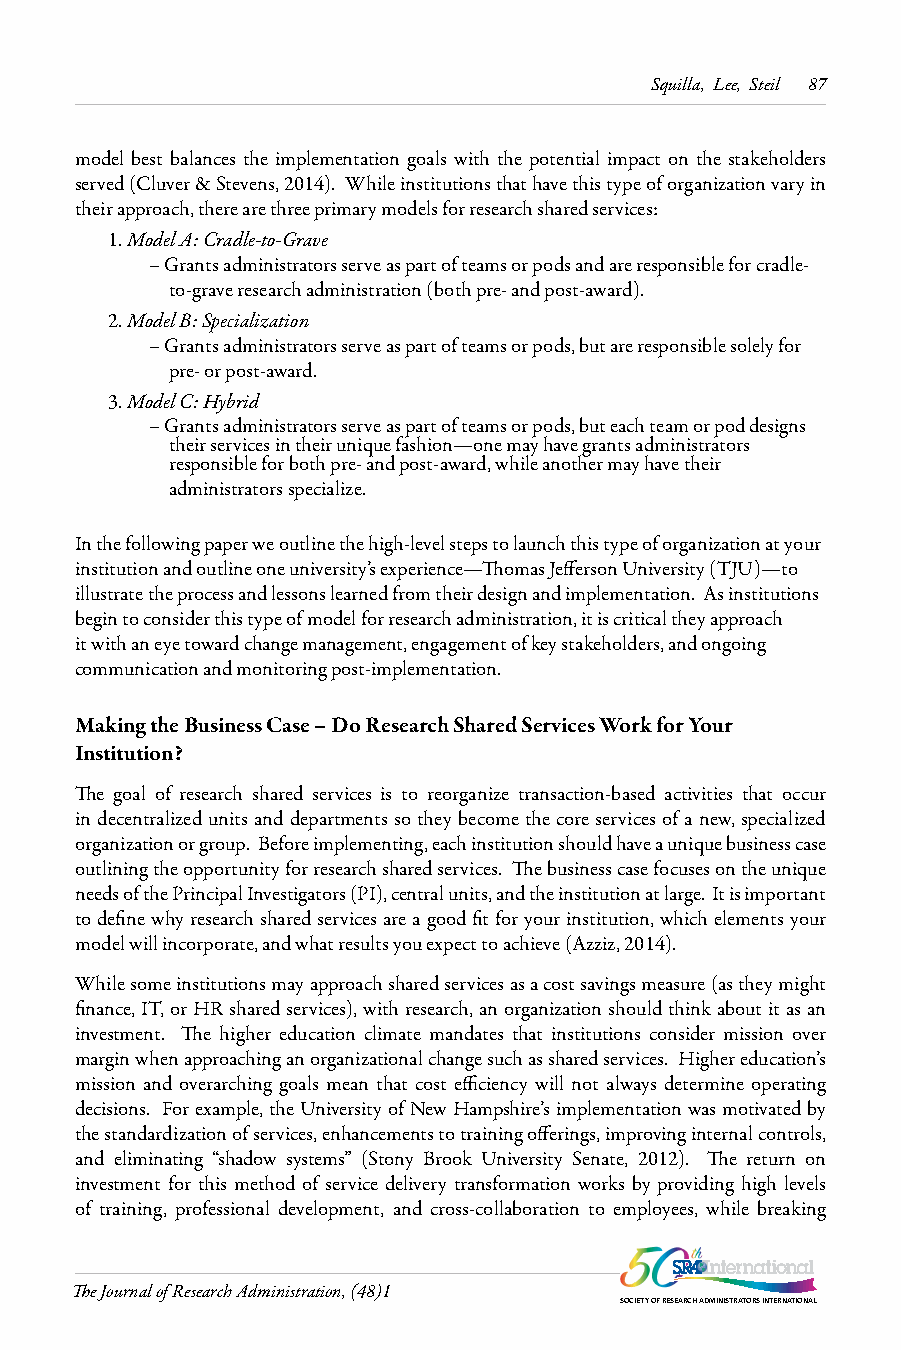
Squilla, Lee, Steil 87
 model best balances the implementation goals with the potential impact on the stakeholders
 served (Cluver & Stevens, 2014). While institutions that have this type of organization vary in
 their approach, there are three primary models for research shared services:
 1. Model A: Cradle-to-Grave
 – Grants administrators serve as part of teams or pods and are responsible for cradle-
 to-grave research administration (both pre- and post-award).
 2. Model B: Specialization
 – Grants administrators serve as part of teams or pods, but are responsible solely for
 pre- or post-award.
 3. Model C: Hybrid
 – Grants administrators serve as part of teams or pods, but each team or pod designs
 their services in their unique fashion—one may have grants administrators
 responsible for both pre- and post-award, while another may have their
 administrators specialize.
 In the following paper we outline the high-level steps to launch this type of organization at your
 institution and outline one university’s experience—Thomas Jefferson University (TJU)—to
 illustrate the process and lessons learned from their design and implementation. As institutions
 begin to consider this type of model for research administration, it is critical they approach
 it with an eye toward change management, engagement of key stakeholders, and ongoing
 communication and monitoring post-implementation.
 Making the Business Case – Do Research Shared Services Work for Your
 Institution?
 The goal of research shared services is to reorganize transaction-based activities that occur
 in decentralized units and departments so they become the core services of a new, specialized
 organization or group. Before implementing, each institution should have a unique business case
 outlining the opportunity for research shared services. The business case focuses on the unique
 needs of the Principal Investigators (PI), central units, and the institution at large. It is important
 to define why research shared services are a good fit for your institution, which elements your
 model will incorporate, and what results you expect to achieve (Azziz, 2014).
 While some institutions may approach shared services as a cost savings measure (as they might
 finance, IT, or HR shared services), with research, an organization should think about it as an
 investment. The higher education climate mandates that institutions consider mission over
 margin when approaching an organizational change such as shared services. Higher education’s
 mission and overarching goals mean that cost efficiency will not always determine operating
 decisions. For example, the University of New Hampshire’s implementation was motivated by
 the standardization of services, enhancements to training offerings, improving internal controls,
 and eliminating “shadow systems” (Stony Brook University Senate, 2012). The return on
 investment for this method of service delivery transformation works by providing high levels
 of training, professional development, and cross-collaboration to employees, while breaking
 The Journal of Research Administration, (48)1
 SOCIETY OF RESEARCH ADMINISTRATORS INTERNATIONAL